Report of the Indian Hemp Drugs Commission, 1894-1895 - Volume IV
Year: 1894
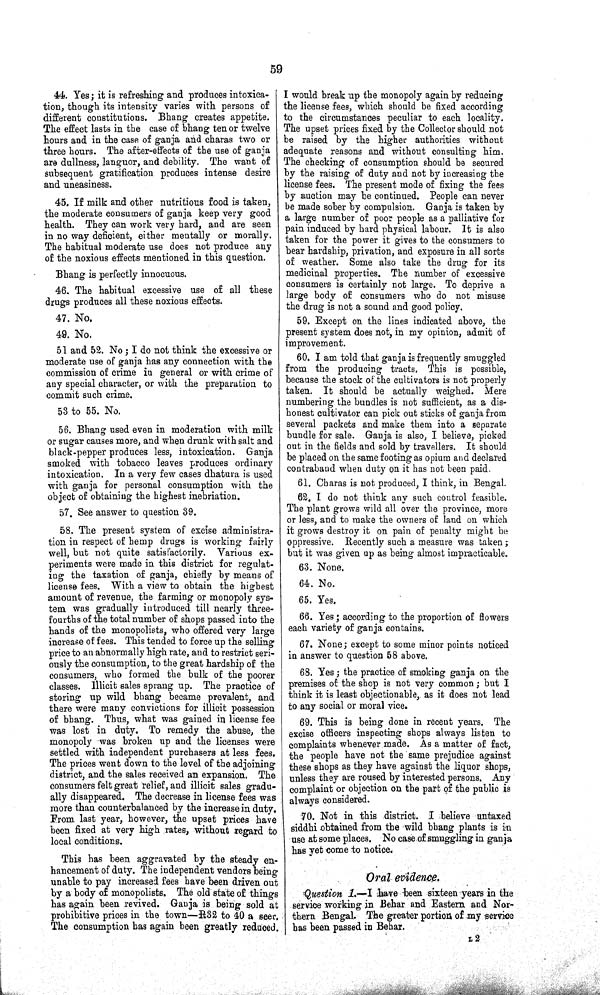
59
44. Yes; it is refreshing and produces intoxica-
tion, though its intensity varies with persons of
different constitutions. Bhang creates appetite.
The effect lasts in the case of bhang ten or twelve
hours and in the case of ganja and charas two or
three hours. The after-effects of the use of ganja
are dullness, languor, and debility. The want of
subsequent gratification produces intense desire
and uneasiness.
45. If milk and other nutritious food is taken,
the moderate consumers of ganja keep very good
health. They can work very hard, and are seen
in no way deficient, either mentally or morally.
The habitual moderate use does not produce any
of the noxious effects mentioned in this question.
Bhang is perfectly innocuous.
46. The habitual excessive use of all these
drugs produces all these noxious effects.
47. No.
49. No.
51 and 52. No; I do not think the excessive or
moderate use of ganja has any connection with the
commission of crime in general or with crime of
any special character, or with the preparation to
commit such crime.
53 to 55. No.
56. Bhang used even in moderation with milk
or sugar causes more, and when drunk with salt and
black-pepper produces less, intoxication. Ganja
smoked with tobacco leaves produces ordinary
intoxication. In a very few cases dhatura is used
with ganja for personal consumption with the
object of obtaining the highest inebriation.
57. See answer to question 39.
58. The present system of excise administra-
tion in respect of hemp drugs is working fairly
well, but not quite satisfactorily. Various ex-
periments were made in this district for regulat-
ing the taxation of ganja, chiefly by means of
license fees. With a view to obtain the highest
amount of revenue, the farming or monopoly sys-
tem was gradually introduced till nearly three-
fourths of the total number of shops passed into the
hands of the monopolists, who offered very large
increase of fees. This tended to force up the selling
price to an abnormally high rate, and to restrict seri-
ously the consumption, to the great hardship of the
consumers, who formed the bulk of the poorer
classes. Illicit sales sprang up. The practice of
storing up wild bhang became prevalent, and
there were many convictions for illicit possession
of bhang. Thus, what was gained in license fee
was lost in duty. To remedy the abuse, the
monopoly was broken up and the licenses were
settled with independent purchasers at less fees.
The prices went down to the level of the adjoining
district, and the sales received an expansion. The
consumers felt great relief, and illicit sales gradu-
ally disappeared. The decrease in license fees was
more than counterbalanced by the increase in duty.
From last year, however, the upset prices have
been fixed at very high rates, without regard to
local conditions.
This has been aggravated by the steady en-
hancement of duty. The independent vendors being
unable to pay increased fees have been driven out
by a body of monopolists. The old state of things
has again been revived. Ganja is being sold at
prohibitive prices in the town—R32 to 40 a seer.
The consumption has again been greatly reduced.
I would break up the monopoly again by reducing
the license fees, which should be fixed according
to the circumstances peculiar to each locality.
The upset prices fixed by the Collector should not
be raised by the higher authorities without
adequate reasons and without consulting him.
The checking of consumption should be secured
by the raising of duty and not by increasing the
license fees. The present mode of fixing the fees
by auction may be continued. People can never
be made sober by compulsion. Ganja is taken by
a large number of poor people as a palliative for
pain induced by hard physical labour. It is also
taken for the power it gives to the consumers to
bear hardship, privation, and exposure in all sorts
of weather. Some also take the drug for its
medicinal properties. The number of excessive
consumers is certainly not large. To deprive a
large body of consumers who do not misuse
the drug is not a sound and good policy.
59. Except on the lines indicated above, the
present system does not, in my opinion, admit of
improvement.
60. I am told that ganja is frequently smuggled
from the producing tracts, This is possible,
because the stock of the cultivators is not properly
taken. It should be actually weighed. Mere
numbering the bundles is not sufficient, as a dis-
honest cultivator can pick out sticks of ganja from
several packets and make them into a separate
bundle for sale. Ganja is also, I believe, picked
out in the fields and sold by travellers. It should
be placed on the same footing as opium and declared
contraband when duty on it has not been paid.
61. Charas is not produced, I think, in Bengal.
62. I do not think any such control feasible.
The plant grows wild all over the province, more
or less, and to make the owners of land on which
it grows destroy it on pain of penalty might be
oppressive. Recently such a measure was taken;
but it was given up as being almost impracticable.
63. None.
64. No.
65. Yes.
66. Yes; according to the proportion of flowers
each variety of ganja contains.
67. None; except to some minor points noticed
in answer to question 58 above.
68. Yes; the practice of smoking ganja on the
premises of the shop is not very common; but I
think it is least objectionable, as it does not lead
to any social or moral vice.
69. This is being done in recent years. The
excise officers inspecting shops always listen to
complaints whenever made. As a matter of fact,
the people have not the same prejudice against
these shops as they have against the liquor shops,
unless they are roused by interested persons. Any
complaint or objection on the part of the public is
always considered.
70. Not in this district. I believe untaxed
siddhi obtained from the wild bhang plants is in
use at some places. No case of smuggling in ganja
has yet come to notice.
Oral evidence.
Question 1.—I have been sixteen years in the
service working in Behar and Eastern and Nor-
thern Bengal. The greater portion of my service
has been passed in Behar.
L 2